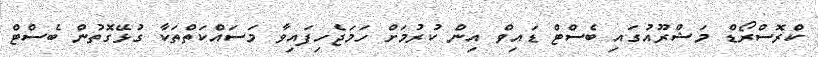
ކްރޮސްރޯޑް މަޝްރޫއުގައި ބެސްޓް ޑައިވް އިން ކުރުމަށް ހަމަޖެހިފައިވާ މަސައްކަތްތަކާ ގުޅޭގޮތުން ބެސްޓް